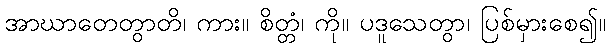
အာဃာတေတွာတိ၊ ကား။ စိတ္တံ၊ ကို။ ပဒူသေတွာ၊ ပြစ်မှားစေ၍။